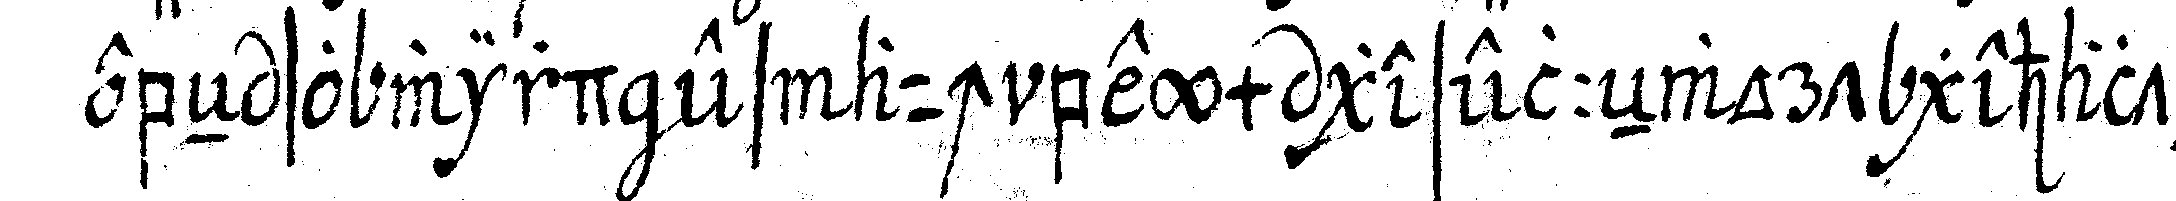
ebeN so wird es auch beym gesellwort gehalteN